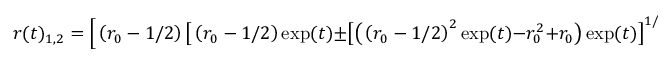
r ( t ) _ { 1 , 2 } = \Big [ \left( r _ { 0 } - 1 / 2 \right) \big [ \left( r _ { 0 } - 1 / 2 \right) \exp ( t ) \pm \big [ \big ( \left( r _ { 0 } - 1 / 2 \right) ^ { 2 } \exp ( t ) - r _ { 0 } ^ { 2 } + r _ { 0 } \big ) \exp ( t ) \big ] ^ { 1 / 2 } \big ] - r _ { 0 } ^ { 2 } + r _ { 0 } \Big ] / 2 \big [ ( r _ { 0 } - 1 / 2 ) ^ { 2 } \exp ( t ) - r _ { 0 } ^ { 2 } + r _ { 0 } \big ]